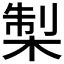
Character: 𭪨